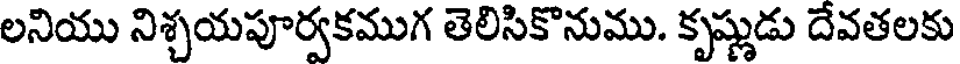
లనియు నిశ్చయపూర్వకముగ తెలిసికొనుము. కృష్ణుడు దేవతలకు